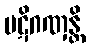
ပဋိဂဏှန္တိ